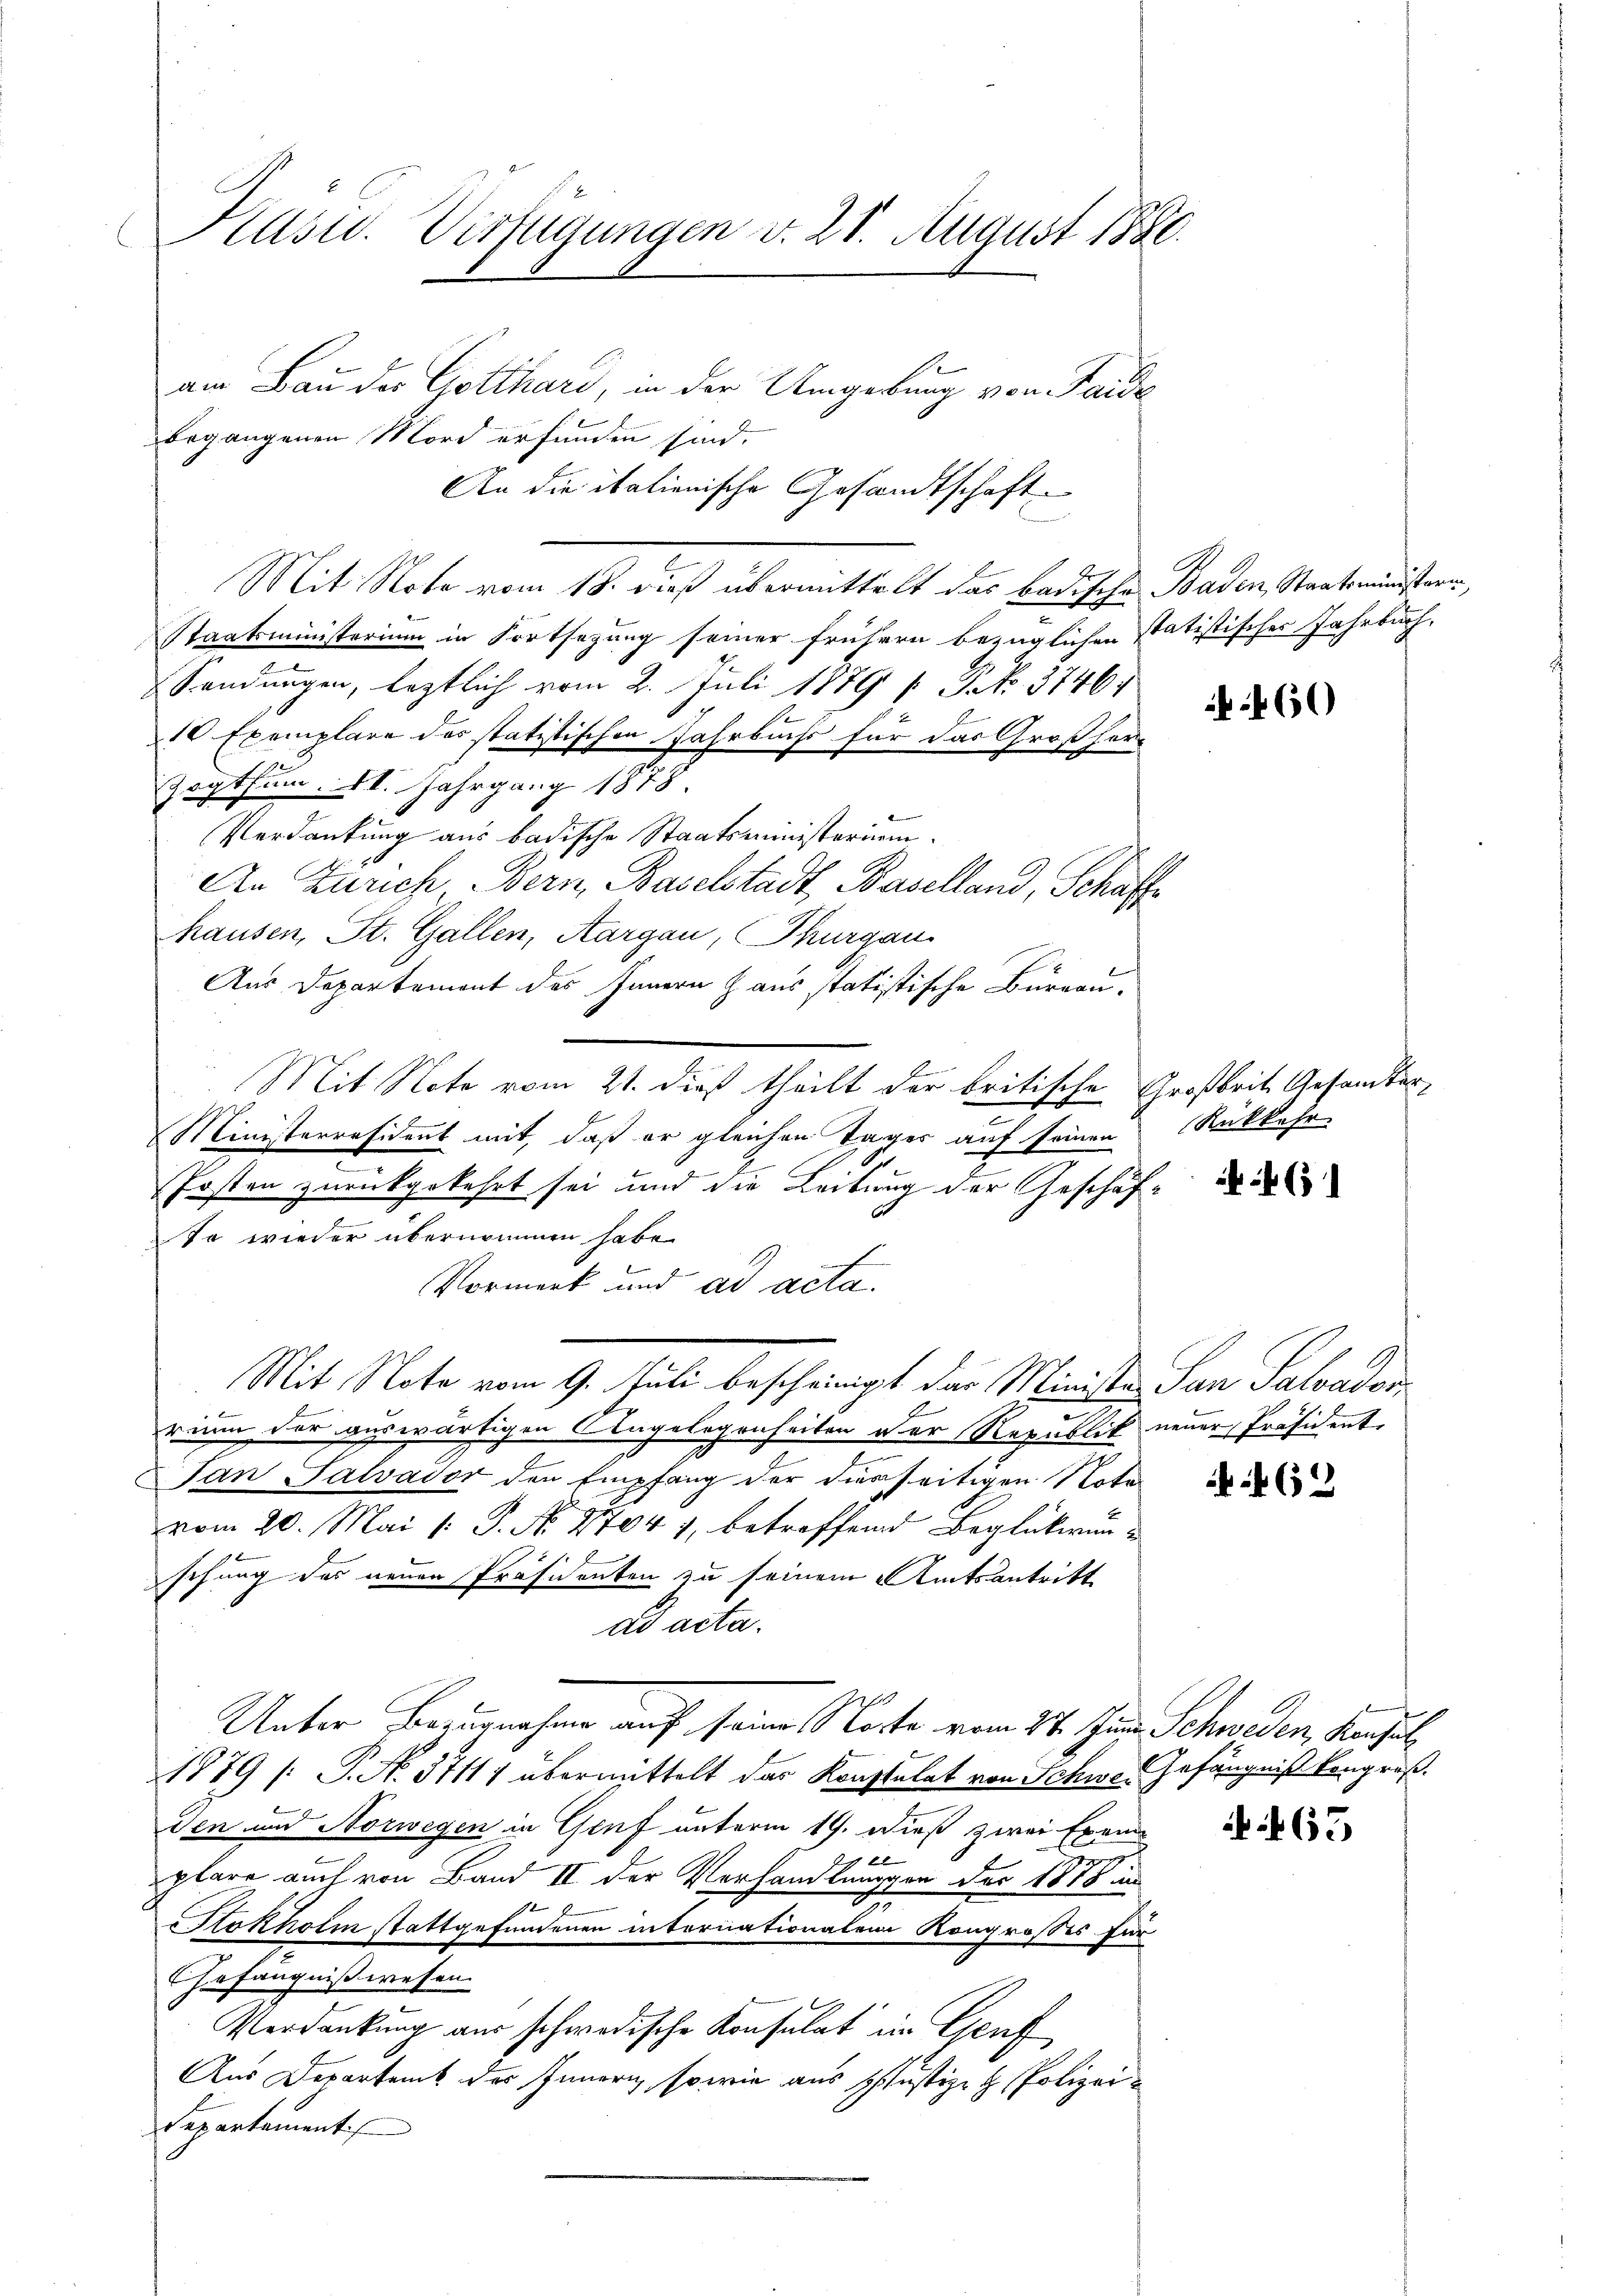
Kasu. Verfügungen v. 21. August 1880

am Bau der Gotthard, in der Umgebung von Faide
begangenen Mord erfunden sind.
An die italienische Gesandtschaft
Mit Note vom 18. dieß übermittelt das badische Baden, Staatsministern,
Staatsministerium in Fortsezung seiner frühern bezüglichen statistisches Jahrbuch.
Sendungen, leztlich vom 2. Juli 1879 / G NNo. 37464
10 Exemplare des statitischen Fahrbuchs für das Großher¬
Zogthum. St. Jahrgang 1878.
Verdankung aus badische Staatsministerium.
An Zürich Bern Baselstadt, Baselland, Schaffe
hausen, St. Gallen, Aargau, Thurgau
Aus Departement des Innern Haus statistische Büreau-
e
Mit Note vom 21. dieß theilt der britische Großbrit. Gesamter
.
Ministerräsident mit, daß er gleichen Tager auf seinen Rückkehr
Posten zurückgekehrt sei und die Leitung der Geschäf¬
So wieder übernommen habe.
Vormerk und ad acta.
Mit Note vom 9. Juli bescheinigt das Ministe San Saloador
E
rium der auswärtigen Angelegenheiten der Republik neuer Präsident
San Salvator den Empfang der diesseitigen Nota
vom 20. Mai [ P. No. 27041, betreffend Beglückwunsehung des neuen Präsidenten zu seinem Amtsantritt
ad acta.
Unter Bezugnahme auf seine Worte vom 24. Jun. Schweden, Konsul
1879 /: P. No. 37117 übermittelt das Konstalt von Schwol Gefängniß vergrößden und Norwegen in Genf unterm 19. Dieß zwei Exem¬

g
plare auch von Band II der Verhandlungen der 1878 in
SStokholm stattgefundenen internationalen Kongrosses für
Gefängnißwesen.
Verdankung aus schwedische Konsulat im Genf
Aus Departamt des Innern, sowie aus Justiz & Polizei¬
Separtement

f 60

3

462

65